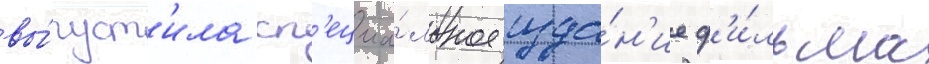
вы́пуст'ила сп'ециа́льное изда́н'ие ф'и́льма